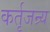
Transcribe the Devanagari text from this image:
कर्तृजन्र्य